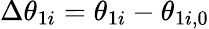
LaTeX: \Delta\theta_{1i}=\theta_{1i}-\theta_{1i,0}